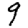
Digit: 9